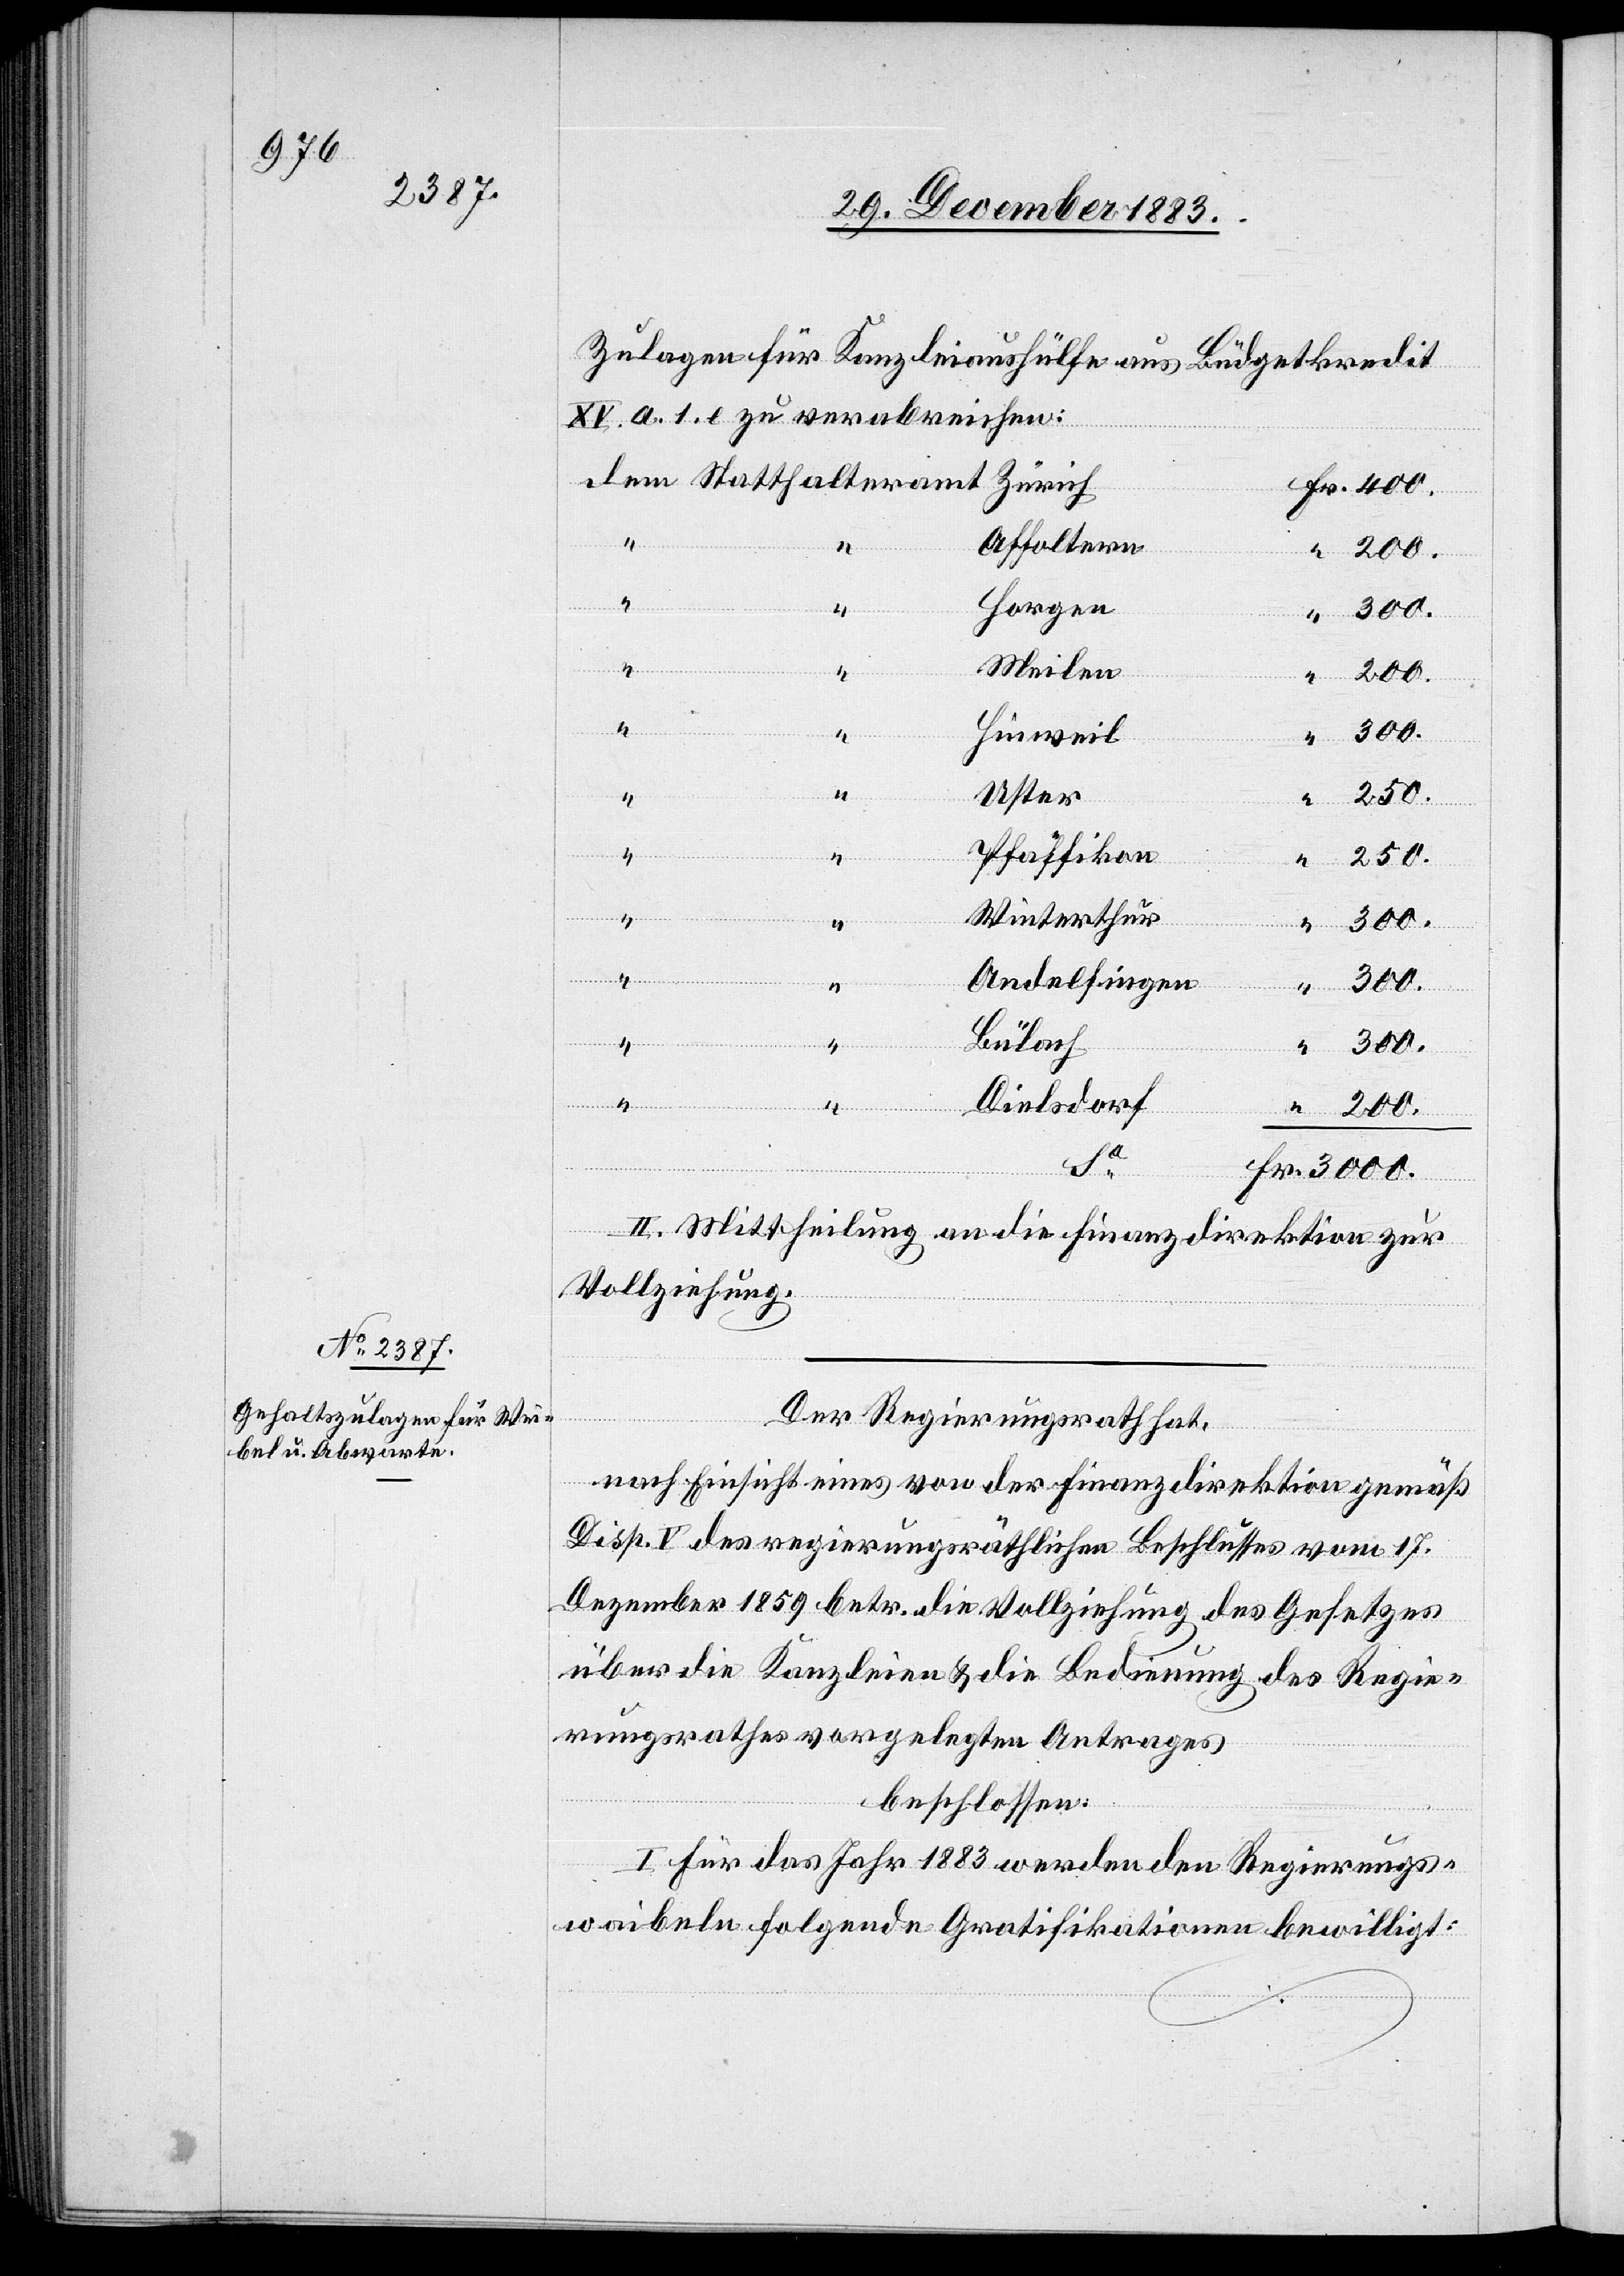
Zulagen für Kanzleiaushülfe aus Büdgetkredit
XV. a. 1. e. zu verabreichen:
Affoltern
200.
“
“
Horgen
3000.
Meilen
200.
300.
Hinweil
“
250.
Uster
“
“
Pfäffikon
250.
“
“
Winterthur
300.
“
“
Andelfingen
300.
Bülach
Statthalteramt
Dielsdorf
Fr.
II. Mittheilung an die Finanzdirektion zur
Vollziehung.
Der Regierungsrath hat,
nach Einsicht eines von der Finanzdirektion gemäß
Disp. V des regierungsräthlichen Beschlusses vom 17.
Dezember 1859 betr. die Vollziehung des Gesetzes
über die Kanzleien & die Bedienung des Regie¬
rungsrathes vorgelegten Antrages
dem
beschlossen:
I. Für das Jahr 1883 werden den Regierungs¬
waibeln folgende Gratifikationen bewilligt: